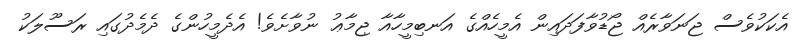
އެކަކުވެސް ޖަނަވާރެއް ޖޯޑުވާފަދައިން އެމީހެއްގެ އަނބިމީހާއާ ޖިމާޢު ނުވާށެވެ! އެދެމީހުންގެ ދެމެދުގައި ރަސޫލަކު